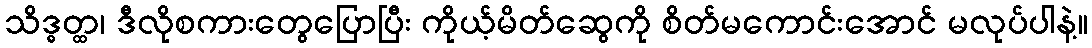
သိဒ္ဓတ္ထ၊ ဒီလိုစကားတွေပြောပြီး ကိုယ့်မိတ်ဆွေကို စိတ်မကောင်းအောင် မလုပ်ပါနဲ့။